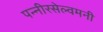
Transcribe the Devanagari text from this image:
पन्नीरसेल्वमनी